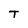
Character: T